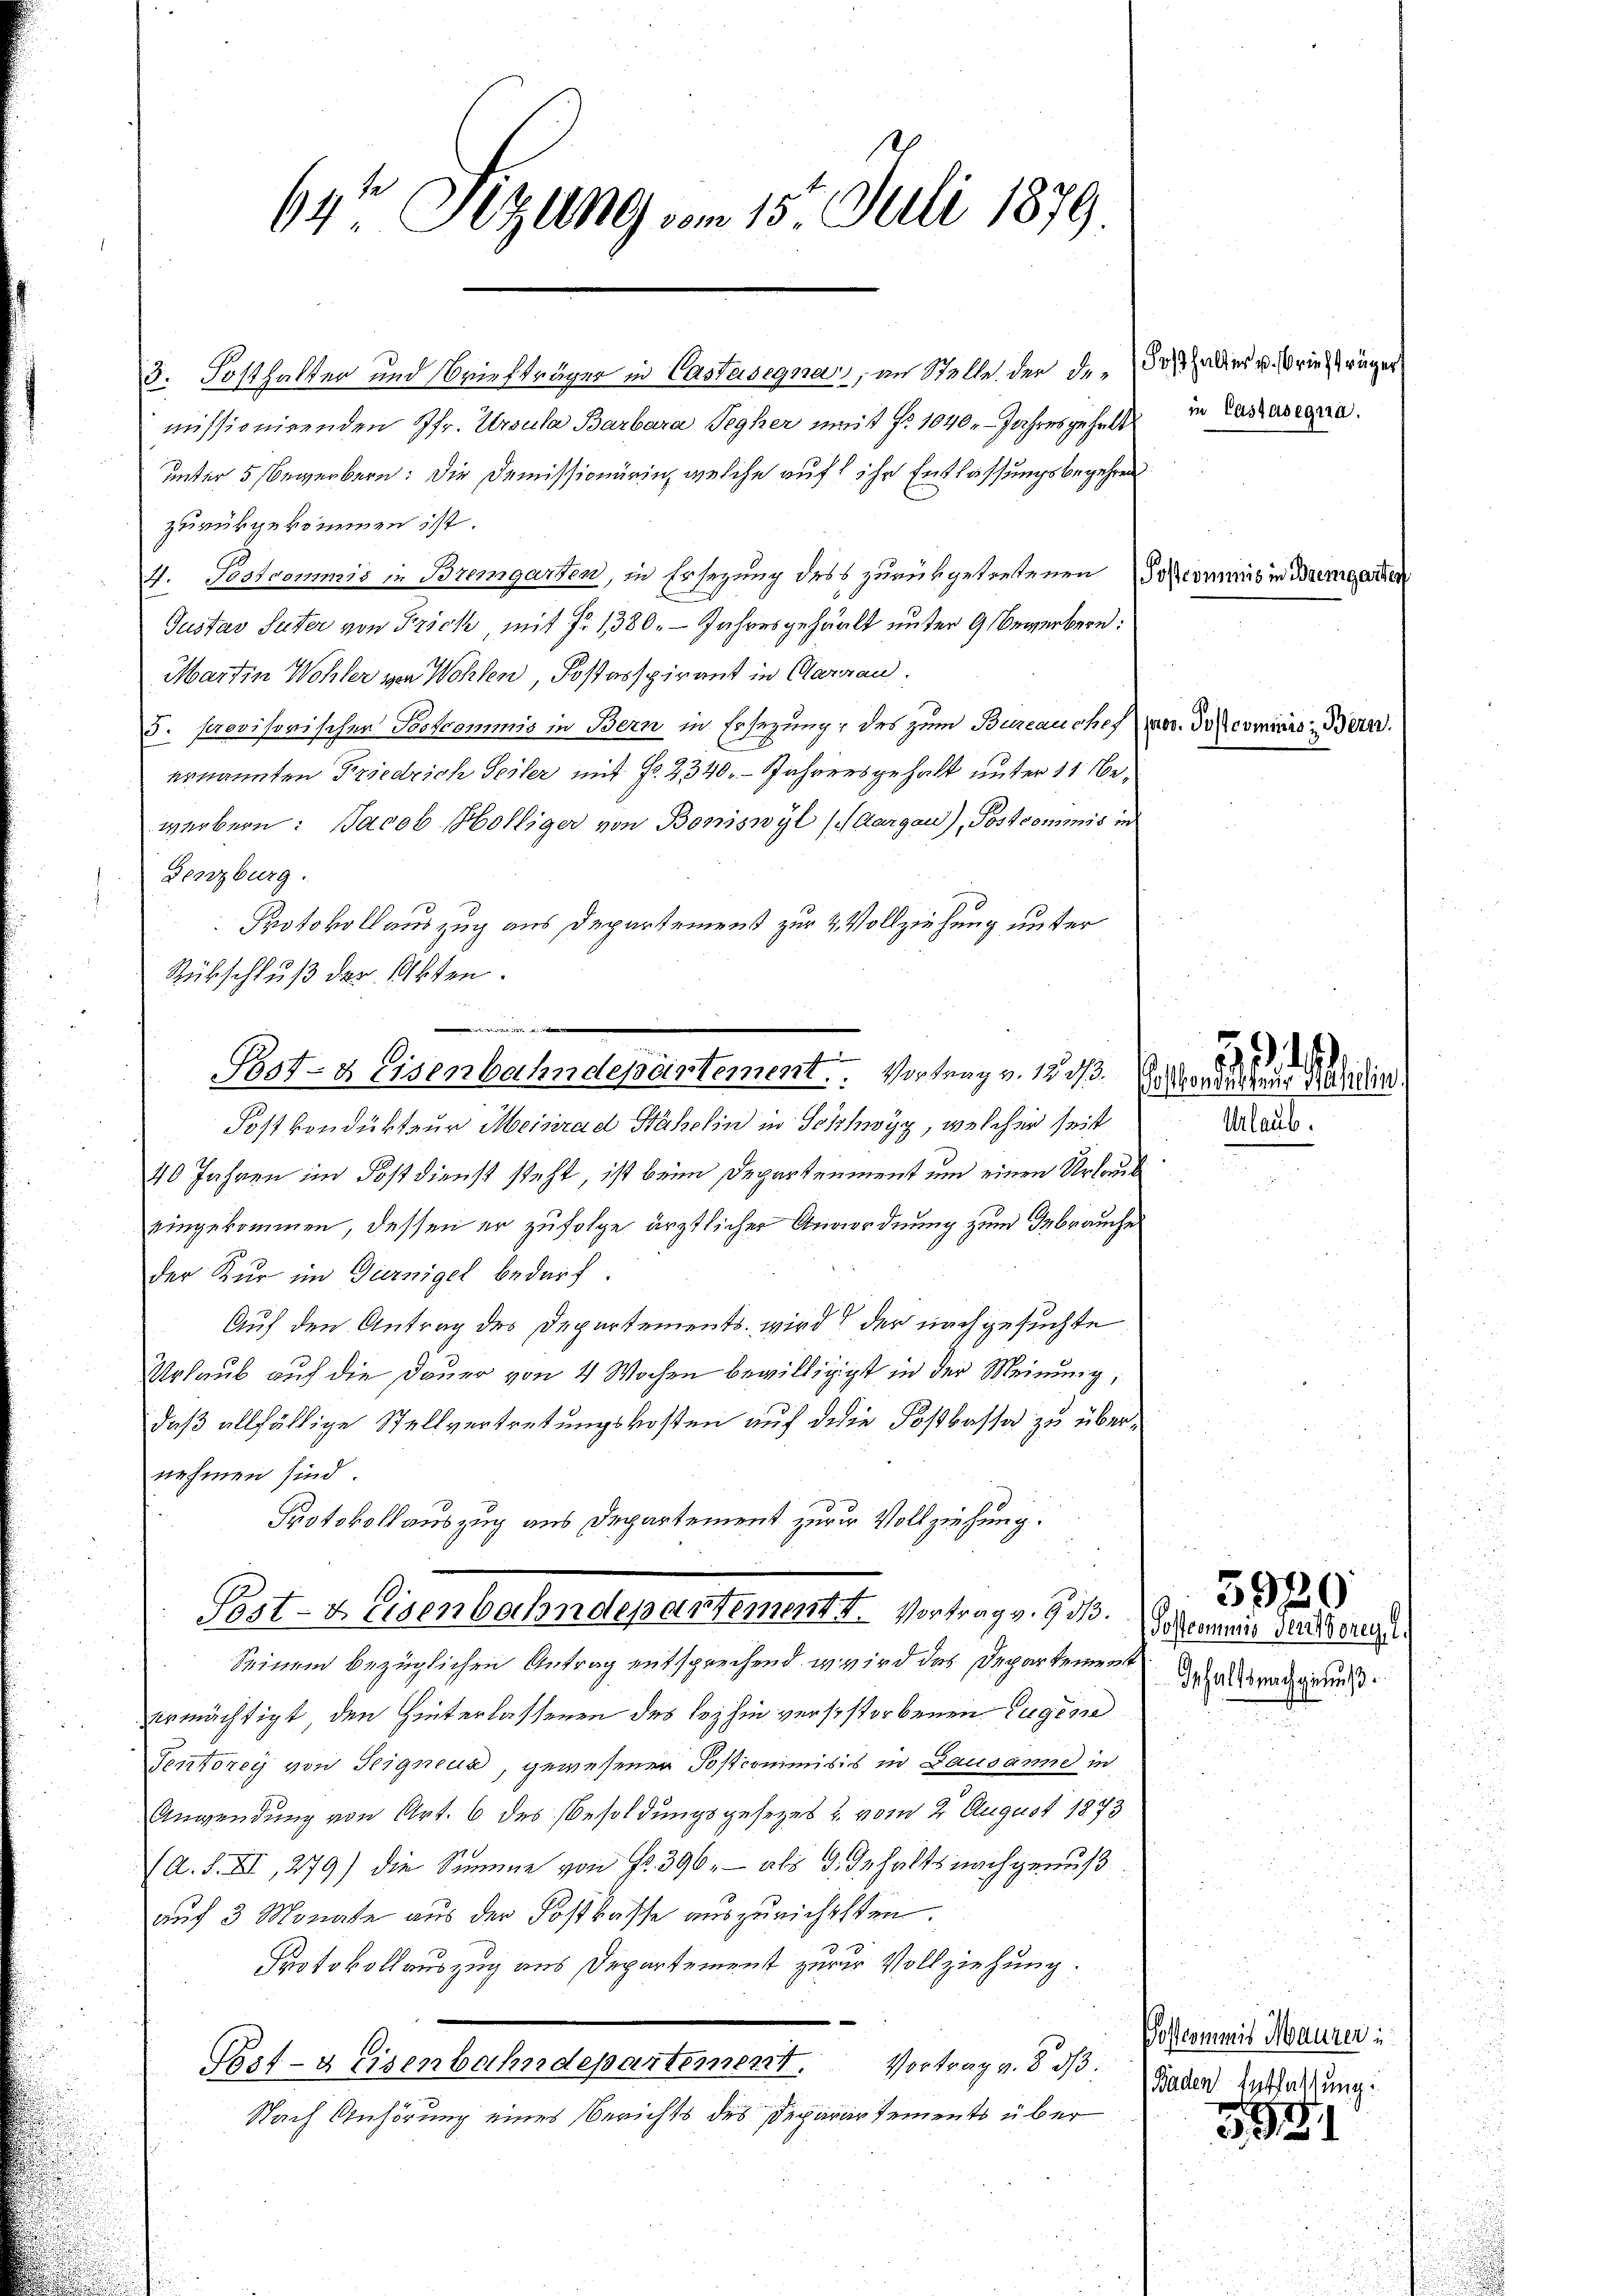
64te Sitzung vom 15. Juli 1879

missionirenden Pfr. Ursula Barbara Segher mit fr. 1040. Jahres gehalt
unter 5 bewerbern: Die Demissionärin, welche auf ihr Entlassungsbegehren
zurükgekommen ist.
4. Postcommis in Bremgarten, in Ersezung dess zurükgetretenen kommis in Bremgarte
Gustav Suter von Frick, mit Fr. 1380. Jahresgehält unter 9 Bewerbern:
Martin Wohler von Wohlen, Postasspirant in Aargau.
J. provisorischen Postcommis in Bern in Ersezung, des zum Bureauches
ernannten Friedrich Seiter mit Fr. 2340. Jahrersgehalt unter 11 Bewerbern: Jacob Hölliger von Boniswyl (Aargau), Postcommis in
Denzburg.
Protokoll auszug aus Departement zur 2 Vollziehung unter
Rübschluß der Akten.
Postkondukteur Meinrad Hahelin in Schwyz, welcher seit
40 Jahren im Postdienst steht, ist beim Departement um einen Urlogis
eingekommen, dessen er zufolge ärztlicher Anordnung zum Gebrauche
der Kur im Garnigel bedarf.
Auf den Antrag des Departements wird der nachgesuchte
Urlaub auf die Dauer von 4 Wochen bewilligigt in der Meinung,
daß allfällige Stellvertretungskosten auf die Foßkassa zu übernehmen sind.
Protokollauszug aus Departement zur Vollziehung.
Post- & Eisenbahndepartement I. Vortrag v. 9.
Seinem bezüglichen Antrag entsprechend, w wird das Departement
ermächtigt, den Hinterlassenen des lezthin versestorbenen Eugene
Tentorey von Teigneur, gewesener Postcommisis in Lausanne in
Anwendung von Art. 6 des Besoldungsgesezes u. vom 2. August 1873
(A. S. XI, 279) die Summe von Fr. 396, als 3. Gehalts nachgenuß
auf 3 Monate aus der Kostkasse auszurichtsten.
Protokollauszug aus Departement zur Vollziehung.
Post- & Eisenbahndepartement. Vortrag v. § 33.
Nach Anhörung eines Berichts des Deparartements über

e

Post-Heisenbahndepartement. Vortrag v. 12 1/3.

3. Posthalter und Briefträger in Castasegna, an Stelle der der dos aber u. Briefträger

in Castasegna

parco. Postcommis: Bern.

Posthondübung Sahlin

594.

Mlaub

3920

3381

Postcommis Sentiorey 1.
Inhaltsnachgenuß.

Postcommis Maurer u
Baden Entfaltung.